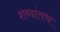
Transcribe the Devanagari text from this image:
शब्दांतच